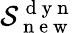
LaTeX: \mathcal{S}_{\mathrm{~n~e~w~}}^{\mathrm{~d~y~n~}}